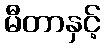
မီတာနှင့်